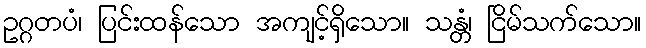
ဥဂ္ဂတပံ၊ ပြင်းထန်သော အကျင့်ရှိသော။ သန္တံ၊ ငြိမ်သက်သော။